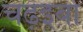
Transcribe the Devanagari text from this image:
चढ़इबो